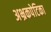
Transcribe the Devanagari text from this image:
अभ्रकपेटिका